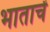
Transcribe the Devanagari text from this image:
भाताचें